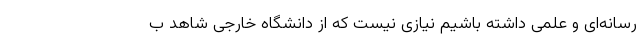
رسانه‌ای و علمی داشته باشیم نیازی نیست که از دانشگاه خارجی شاهد ب